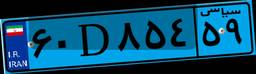
۸۲D۸۲۳۴۲